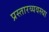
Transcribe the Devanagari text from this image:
प्रस्तारव्यवस्था